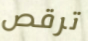
ترقص